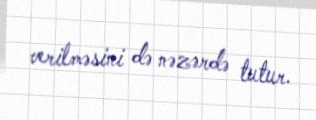
verilməsini də nəzərdə tutur.